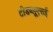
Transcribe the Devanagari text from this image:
टीडब्लूएसई